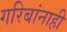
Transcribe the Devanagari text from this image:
गरिबांनाही